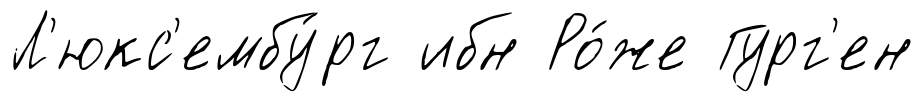
Л'юкс'ембу́рг ибн Ро́же Гург'ен